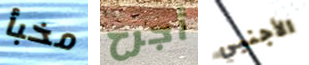
مخبأ أجرح الأجنبي